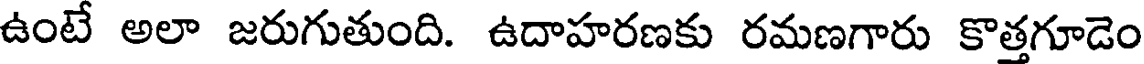
ఉంటే అలా జరుగుతుంది. ఉదాహరణకు రమణగారు కొత్తగూడెం